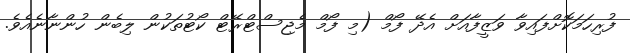
ފުރިހަމަކޮށްފައިވާ ވަޒީފާއަށް އެދޭ ފޯމް (މި ފޯމް މެޖިސްޓްރޭޓް ކޯޓުތަކުން ލިބެން ހުންނާނެއެވެ.